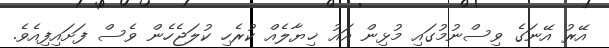
އޭރު އޭނަގެ ވިސްނުމުގައި މުޅިން އައު ޚިޔާލެއް ކުރެހި ކުލަޖެހެން ވެސް ފަށައިފިއެވެ.